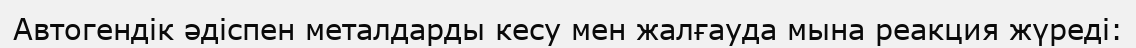
Автогендік әдіспен металдарды кесу мен жалғауда мына реакция жүреді: